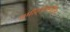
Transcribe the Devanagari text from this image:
समीक्षासाहित्य